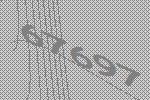
67697